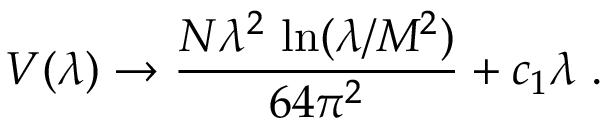
V ( \lambda ) \rightarrow \frac { N \lambda ^ { 2 } \, \ln ( \lambda / M ^ { 2 } ) } { 6 4 \pi ^ { 2 } } + c _ { 1 } \lambda \; .